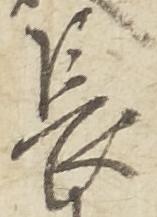
長